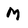
Character: M